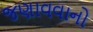
જણાવવાનો